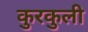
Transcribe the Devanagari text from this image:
कुरकुली